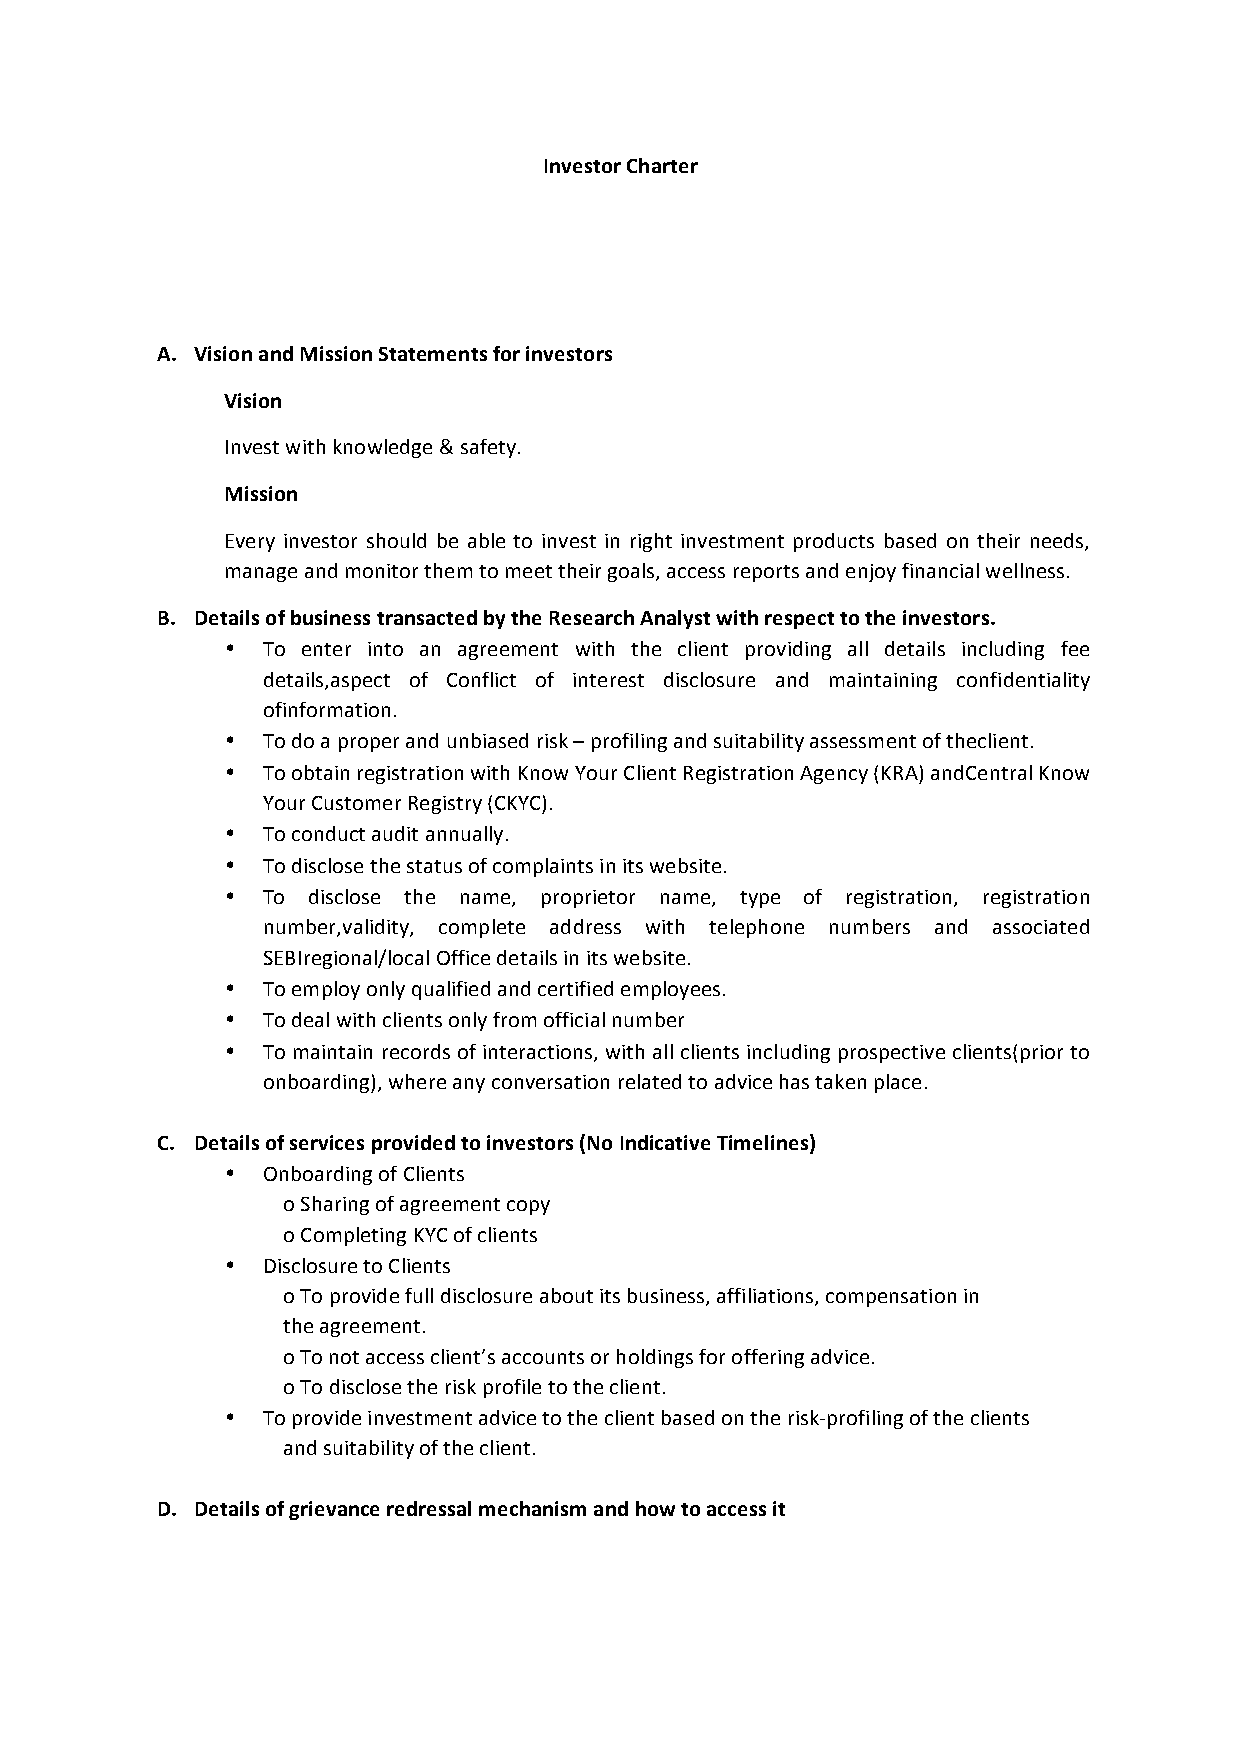
Investor Charter
 A. Vision and Mission Statements for investors
 Vision
 Invest with knowledge & safety.
 Mission
 Every investor should be able to invest in right investment products based on their needs,
 manage and monitor them to meet their goals, access reports and enjoy financial wellness.
 B. Details of business transacted by the Research Analyst with respect to the investors.
 • To enter into an agreement with the client providing all details including fee
 details,aspect of Conflict of interest disclosure and maintaining confidentiality
 ofinformation.
 • To do a proper and unbiased risk – profiling and suitability assessment of theclient.
 • To obtain registration with Know Your Client Registration Agency (KRA) andCentral Know
 Your Customer Registry (CKYC).
 • To conduct audit annually.
 • To disclose the status of complaints in its website.
 • To disclose the name, proprietor name, type of registration, registration
 number,validity, complete address with telephone numbers and associated
 SEBIregional/local Office details in its website.
 • To employ only qualified and certified employees.
 • To deal with clients only from official number
 • To maintain records of interactions, with all clients including prospective clients(prior to
 onboarding), where any conversation related to advice has taken place.
 C. Details of services provided to investors (No Indicative Timelines)
 • Onboarding of Clients
 o Sharing of agreement copy
 o Completing KYC of clients
 • Disclosure to Clients
 o To provide full disclosure about its business, affiliations, compensation in
 the agreement.
 o To not access client’s accounts or holdings for offering advice.
 o To disclose the risk profile to the client.
 • To provide investment advice to the client based on the risk-profiling of the clients
 and suitability of the client.
 D. Details of grievance redressal mechanism and how to access it